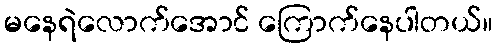
မနေရဲလောက်အောင် ကြောက်နေပါတယ်။